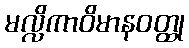
မလ္လိကာဝိမာနဝတ္ထု